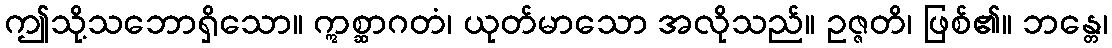
ဤသို့သဘောရှိသော။ ဣစ္ဆာဂတံ၊ ယုတ်မာသော အလိုသည်။ ဥဇ္ဇတိ၊ ဖြစ်၏။ ဘန္တေ၊